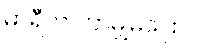
မာရီက ဘာမျှမပြော။